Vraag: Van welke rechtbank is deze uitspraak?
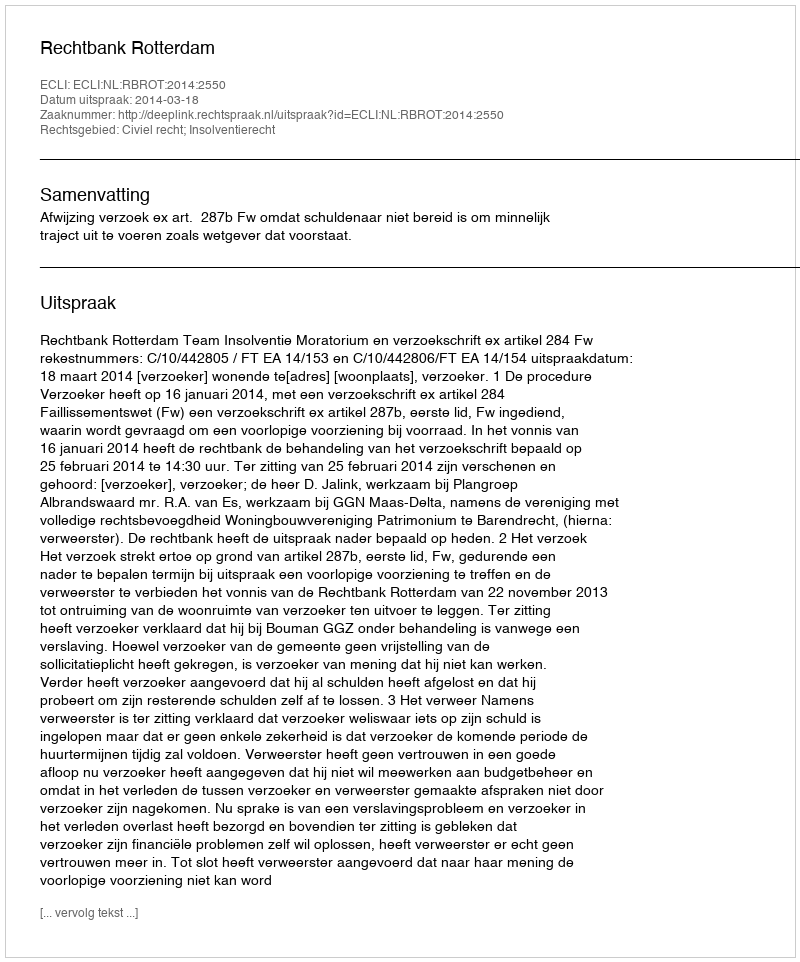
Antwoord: Rechtbank Rotterdam